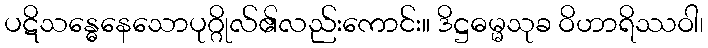
ပဋိသန္ဓေနေသောပုဂ္ဂိုလ်၏လည်းကောင်း။ ဒိဋ္ဌဓမ္မသုခ ဝိဟာရိဿဝါ၊